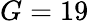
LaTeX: G=19